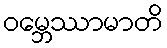
ဝမ္ဘေဿာမာတိ